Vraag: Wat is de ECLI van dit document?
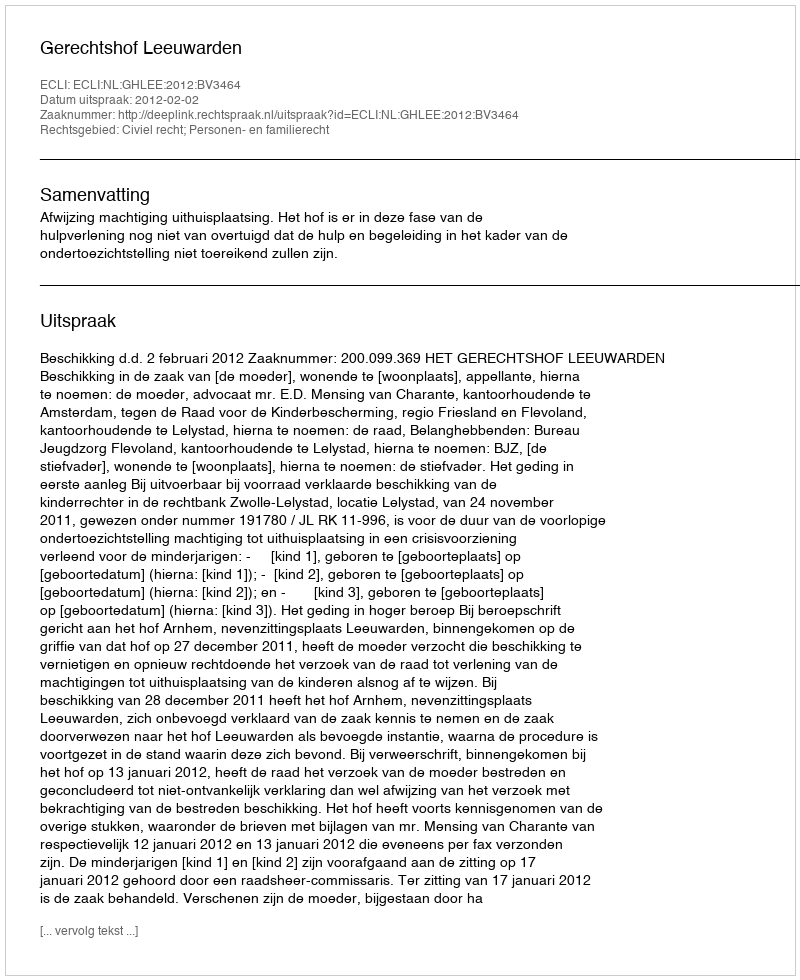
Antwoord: ECLI:NL:GHLEE:2012:BV3464